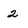
Character: 2